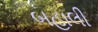
બહાલી